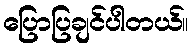
ပြောပြချင်ပါတယ်။